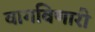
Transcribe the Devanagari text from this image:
वागविणारी